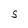
Character: S